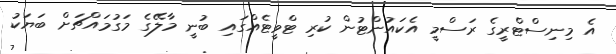
އެ މިނިސްޓްރީގެ ރަސްމީ އެކައުންޓުން ކުރި ޓްވީޓެއްގައި ބުނީ މާލޭގެ މަގުމައްޗަށް ބަޔަކު